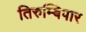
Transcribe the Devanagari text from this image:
तिरुम्बिपार